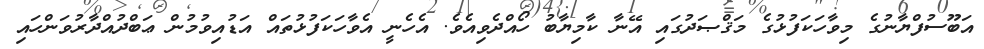
އަބޫސުފްޔާނުގެ މިވާހަކަފުޅުގެ މަޤްޞަދުގައި އޭނާ ކާމިޔާބު ހޯއްދެވިއެވެ. އެހެނީ އެވާހަކަފުޅުތައް އަޑުއިވުމުން ޢަބްދުއްދާރުވަންހައި